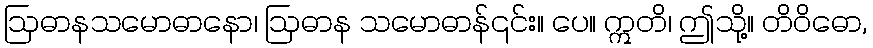
ဩဓာနသမောဓာနော၊ ဩဓာန သမောဓာန်၎င်း။ ပေ။ ဣတိ၊ ဤသို့။ တိဝိဓော,